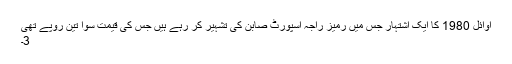
اوائل 1980 کا ایک اشتہار جس میں رمیز راجہ اسپورٹ صابن کی تشہیر کر رہے ہیں جس کی قیمت سوا تین روپے تھی
3۔